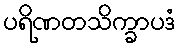
ပရိဏတသိက္ခာပဒံ